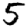
Digit: 5